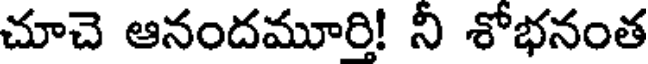
చూచె ఆనందమూరి! ని శోభనంత